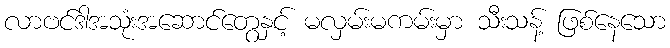
လာဗင်ဒါအသုံးအဆောင်တွေနှင့် မလှမ်းမကမ်းမှာ သီးသန့် ဖြစ်နေသော